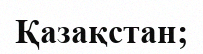
Қазақстан;